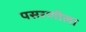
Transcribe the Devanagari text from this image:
पसरणीला